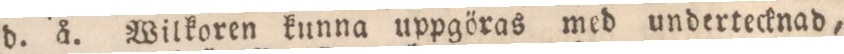
d. å. Wilkoren kunna uppgöras med undertecknad,